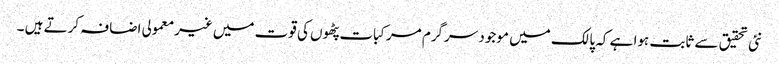
نئی تحقیق سے ثابت ہوا ہے کہ پالک میں موجود سرگرم مرکبات پٹھوں کی قوت میں غیرمعمولی اضافہ کرتے ہیں ۔